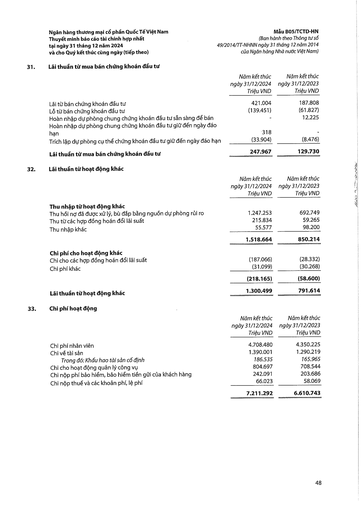
||Năm kết thúc ngày 31/12/2024 Triệu VND|Năm kết thúc ngày 31/12/2023 Triệu VND| |---|---|---| |Lãi từ bán chứng khoán đầu tư|421.004|187,808| |Lỗ từ bán chứng khoán đầu tư|(139.451)|(61.827)| |Hoàn nhập dự phòng chung chứng khoán đầu tư sẵn sàng để bán||12.225| |Hoàn nhập dự phòng chung chứng khoán đầu tư giữ đến ngày đáo hạn|318|| |Trích lập dự phòng cụ thể chứng khoán đầu tư giữ đến ngày đáo hạn|(33.904)|(8.476)| |Lãi thuần từ mua bán chứng khoán đầu tư|247.967|129.730| ||Năm kết thúc ngày 31/12/2024 Triệu VND|Năm kết thúc ngày 31/12/2023 Triệu VND| |---|---|---| |Thu nhập từ hoạt động khác||| |Thu hồi nợ đã được xử lý, bù đắp bằng nguồn dự phòng rủi ro|1.247.253|692.749| |Thu từ các hợp đồng hoán đổi lãi suất|215.834|59.265| |Thu nhập khác|55.577|98.200| ||1.518.664|850.214| |Chi phí cho hoạt động khác||| |Chi cho các hợp đồng hoán đổi lãi suất|(187.066)|(28.332)| |Chi phí khác|(31.099)|(30.268)| ||(218.165)|(58.600)| |Lãi thuần từ hoạt động khác|1.300.499|791.614| ||Năm kết thúc ngày 31/12/2024 Triệu VND|Năm kết thúc ngày 31/12/2023 Triệu VND| |---|---|---| |Chi phí nhân viên|4.708.480|4.350.225| |Chi về tài sản|1.390.001|1.290.219| |Trong đó: Khấu hao tài sản cố định|186.535|165.965| |Chi cho hoạt động quản lý công vụ|804.697|708.544| |Chi nộp phí bảo hiểm, bảo hiểm tiền gửi của khách hàng|242.091|203.686| |Chi nộp thuế và các khoản phí, lệ phí|66.023|58.069| ||7.211.292|6.610.743|